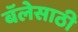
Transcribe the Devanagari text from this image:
बॅलेसाठी